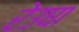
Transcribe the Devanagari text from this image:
रेउघा